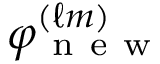
\varphi _ { \mathrm { ~ n ~ e ~ w ~ } } ^ { ( \ell m ) }